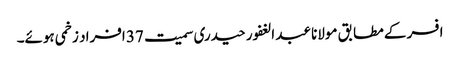
افسر کے مطابق مولانا عبد الغفور حیدری سمیت 37 افراد زخمی ہوئے۔